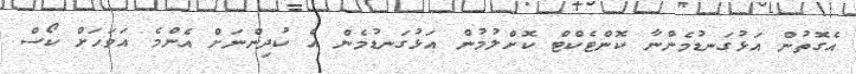
އެގޮތުން އަޅުގަނޑުމެންނާ ކޮންޓެކްޓް ކޮށްލުމުން އަޅުގަނޑުމެން އެ ކުދިންނަށް އެންމެ އަވަހަށް ކޯސް